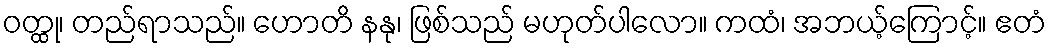
ဝတ္ထု၊ တည်ရာသည်။ ဟောတိ နနု၊ ဖြစ်သည် မဟုတ်ပါလော။ ကထံ၊ အဘယ့်ကြောင့်။ ဧတံ